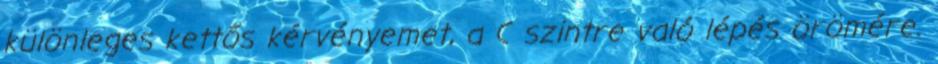
különleges kettős kérvényemet, a C szintre való lépés örömére.